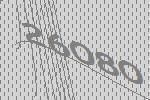
26080